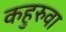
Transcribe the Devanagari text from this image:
कहुरुवा